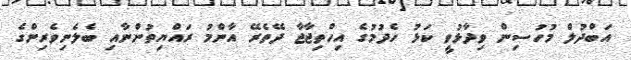
އަބްދުލް މުހުސިން ވިދާޅުވީ ކަޅު ހެދުމުގެ އިހްތިޖާޖާ ދޭތެރޭ އާންމު ރައްޔިތުންނާއި ބެލެނިވެރިންގެ